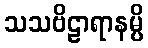
သသဗိဠာရာနမ္ပိ